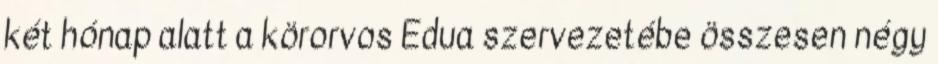
két hónap alatt a körorvos Edua szervezetébe összesen négy